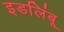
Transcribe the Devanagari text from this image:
इडलिंबू